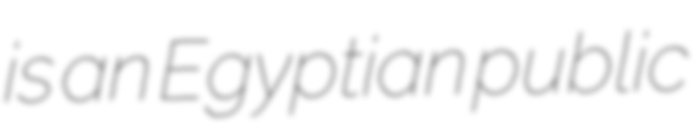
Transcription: is an Egyptian public